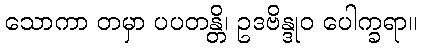
သောကာ တမှာ ပပတန္တိ၊ ဥဒဗိန္ဒုဝ ပေါက္ခရာ။